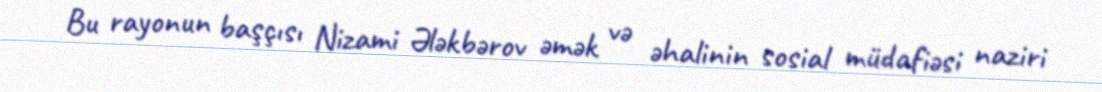
Bu rayonun başçısı Nizami Ələkbərov əmək və əhalinin sosial müdafiəsi naziri